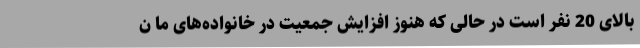
بالای 20 نفر است در حالی که هنوز افزایش جمعیت در خانواده‌های ما ن